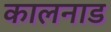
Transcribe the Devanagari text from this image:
कालनाड